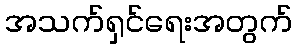
အသက်ရှင်ရေးအတွက်